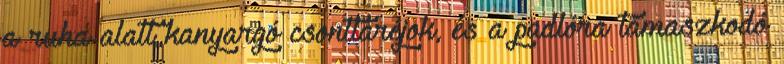
a ruha alatt kanyargó csonttaréjok, és a padlóra támaszkodó